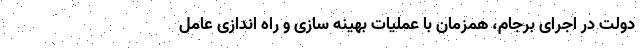
دولت در اجرای برجام، همزمان با عملیات بهینه سازی و راه اندازی عامل